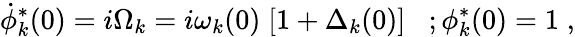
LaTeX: \dot{\phi}_{k}^{*}(0)=i\Omega_{k}=i\omega_{k}(0)\; [1+\Delta_{k}(0)]\; \; \; ;\phi_{k}^{*}(0)=1\; ,